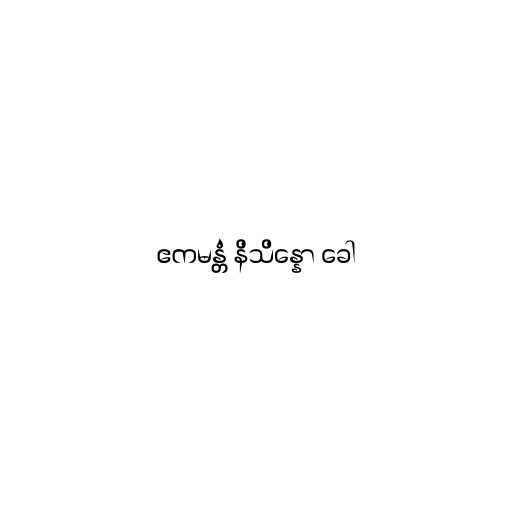
ဧကမန္တံ နိသိန္နော ခေါ